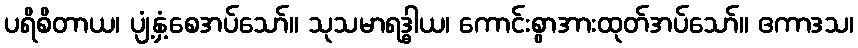
ပရိစိတာယ၊ ပျံ့နှံ့စေအပ်သော်။ သုသမာရဒ္ဓါယ၊ ကောင်းစွာအားထုတ်အပ်သော်။ ဧကာဒသ၊